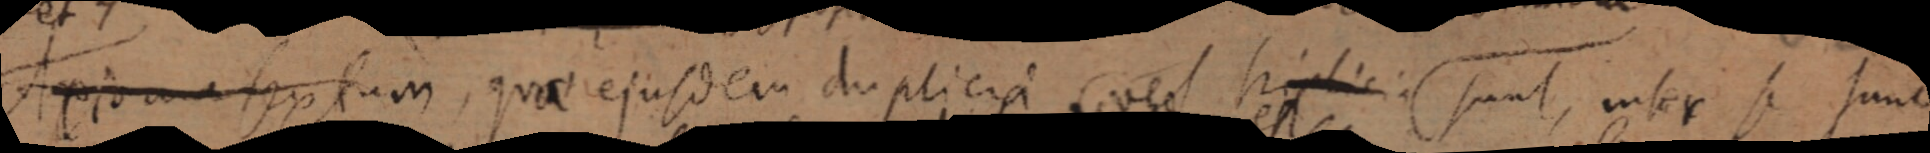
Axioma sextum, quae ejusdem duplicia vel hiplicia sunt, inter se sunt